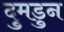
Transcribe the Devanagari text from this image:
दुमडुन